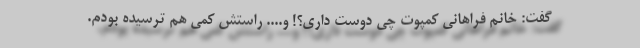
گفت: خانم فراهانی کمپوت چی دوست داری؟! و.... راستش کمی هم ترسیده بودم.